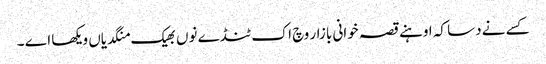
کسے نے دسا کہ اوہنے قصہ خوانی بازار وچ اک ٹنڈے نوں بھیک منگدیاں ویکھا اے ۔